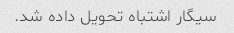
سیگار اشتباه تحویل داده شد.